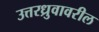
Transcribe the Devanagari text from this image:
उत्तरध्रुवावरील